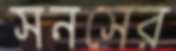
সনসের